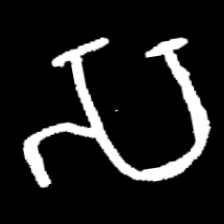
Pyu character \u2014 Myanmar letter: သ (romanized: sa)